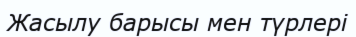
Жасылу барысы мен түрлері